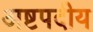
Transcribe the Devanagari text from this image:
अष्टपदीय